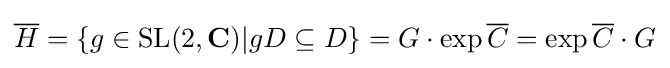
{\overline {H}}=\{g\in \operatorname {SL} (2,\mathbf {C} )|gD\subseteq D\}=G\cdot \exp {\overline {C}}=\exp {\overline {C}}\cdot G